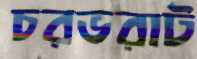
চরভরাট